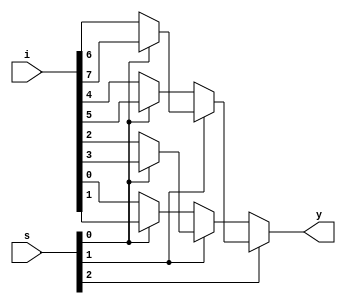
//MUX8x1 using Dataflow

module mux8x1(i,s,y);
input [7:0]i;
input [2:0]s;
output y;

assign y=s[2]?(s[1]?(s[0]?i[7]:i[6]):(s[0]?i[5]:i[4])):(s[1]?(s[0]?i[3]:i[2]):(s[0]?i[1]:i[0]));

endmodule